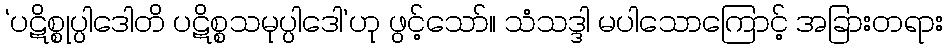
‘ပဋိစ္စုပ္ပါဒေါတိ ပဋိစ္စသမုပ္ပါဒေါ’ဟု ဖွင့်သော်။ သံသဒ္ဒါ မပါသောကြောင့် အခြားတရား